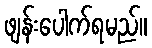
ဖျန်းပေါက်ရမည်။